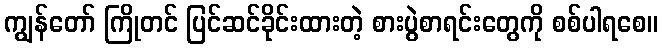
ကျွန်တော် ကြိုတင် ပြင်ဆင်ခိုင်းထားတဲ့ စားပွဲစာရင်းတွေကို စစ်ပါရစေ။